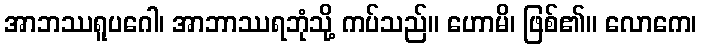
အာဘဿရူပဂေါ၊ အာဘာဿရဘုံသို့ ကပ်သည်။ ဟောမိ၊ ဖြစ်၏။ လောကေ၊